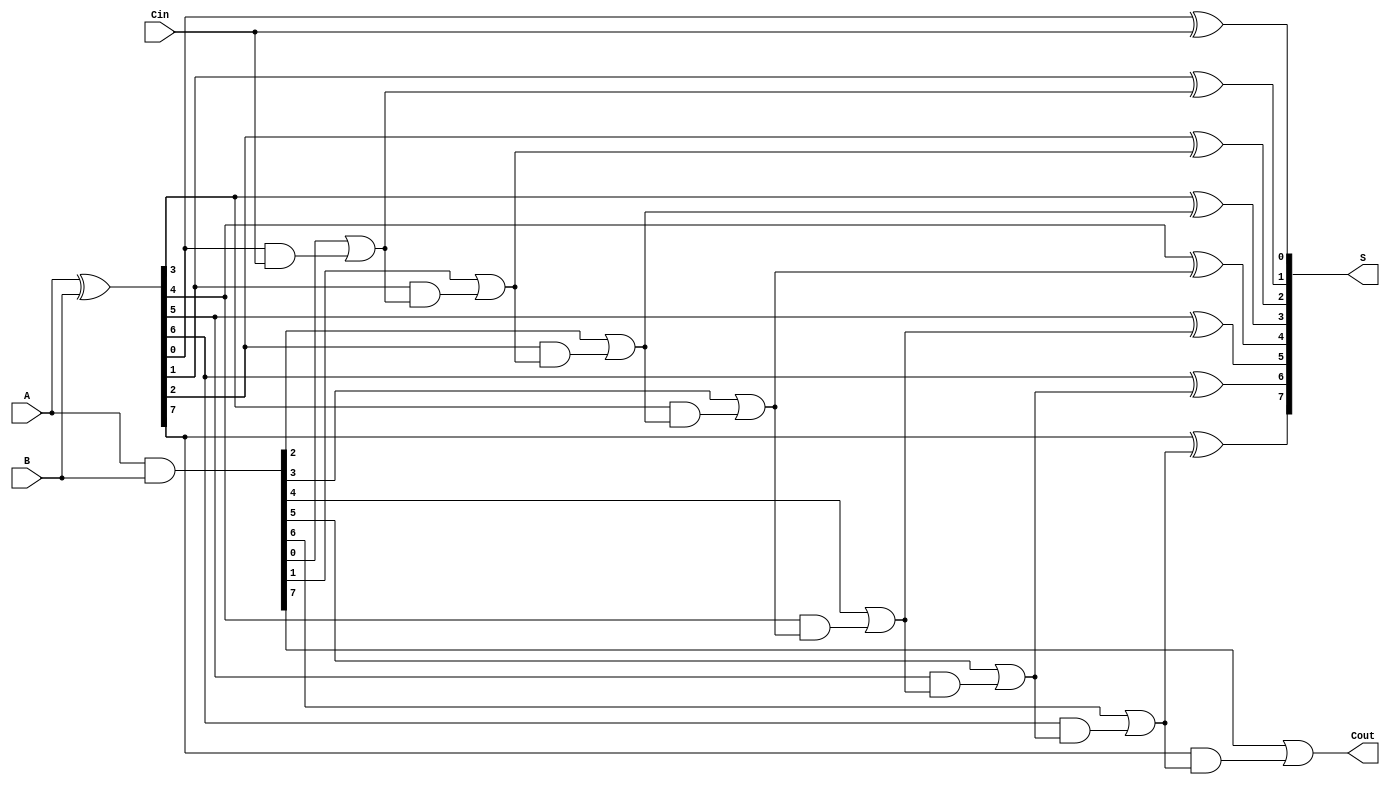
module SklanskyAdder #(parameter n = 8) (
    input [n-1:0] A,     // First n-bit input
    input [n-1:0] B,     // Second n-bit input
    input Cin,           // Carry-in
    output [n-1:0] S,    // n-bit sum output
    output Cout          // Carry-out output
);

    wire [n-1:0] G;      // Generate signals
    wire [n-1:0] P;      // Propagate signals
    wire [n:0] C;        // Carry signals

    // Generate and Propagate signals
    assign G = A & B;            // G[i] = A[i] & B[i]
    assign P = A ^ B;            // P[i] = A[i] ^ B[i]

    // Carry signals
    assign C[0] = Cin;           // C[0] = Cin
    genvar i;
    generate
        for (i = 1; i < n; i = i + 1) begin : carry_compute
            assign C[i] = G[i-1] | (P[i-1] & C[i-1]);  // C[i] = G[i-1] | (P[i-1] & C[i-1])
        end
    endgenerate
    
    // Sum calculation
    generate
        for (i = 0; i < n; i = i + 1) begin : sum_compute
            assign S[i] = P[i] ^ C[i];  // S[i] = P[i] ^ C[i]
        end
    endgenerate

    // Final carry-out
    assign Cout = G[n-1] | (P[n-1] & C[n-1]);  // Cout = G[n-1] | (P[n-1] & C[n-1])

endmodule